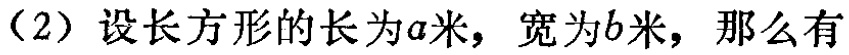
（2）设长方形的长为\(a\)米，宽为\(b\)米，那么有